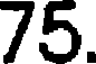
75.